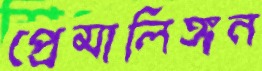
প্রেমালিঙ্গন